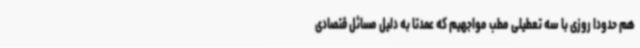
هم حدودا روزی با سه تعطیلی مطب مواجهیم که عمدتا به دلیل مسائل قتصادی